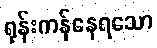
ရုန်းကန်နေရသော